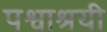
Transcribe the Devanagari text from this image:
पश्वाश्रयी